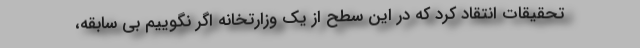
تحقیقات انتقاد کرد که در این سطح از یک وزارتخانه اگر نگوییم بی سابقه،